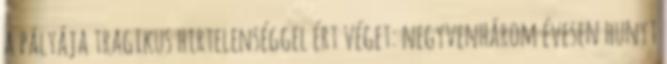
a pályája tragikus hirtelenséggel ért véget: negyvenhárom évesen hunyt